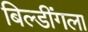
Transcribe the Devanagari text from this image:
बिल्डींगला